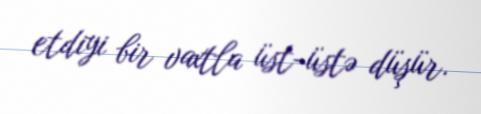
etdiyi bir vaxtla üst-üstə düşür.